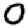
Digit: 0